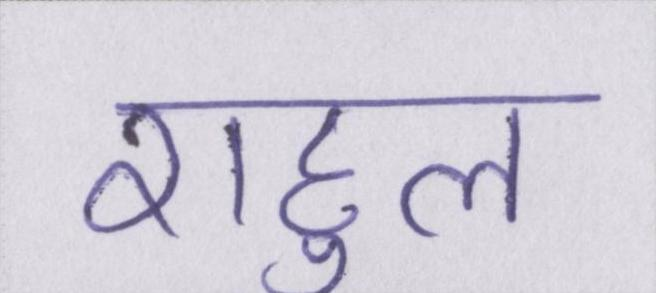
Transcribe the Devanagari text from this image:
राहुल